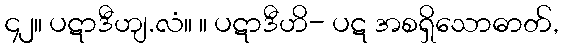
၄၂။ ပဋာဒီဟျ.လံ။ ။ ပဋာဒီဟိ- ပဋ အစရှိသောဓာတ်,